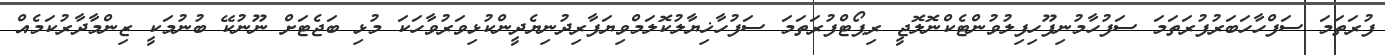
ފުރަތަމަ ސަފްހާހަބަރުފުރަތަމަ ސަފުހާމުނިފޫހިފިލުވުންޓެކްނޮލޮޖީ ރިޕޯޓްފުރަތަމަ ސަފުހާޚިޔާލުކޮލަމްވިޔަފާރިދުނިޔެދީންކުޅިވަރުވާހަކަ މުޅި ބަޖެޓަށް ނޫނުކޭ ބުނުމަކީ ޒިންމާދާރުކަމެއް